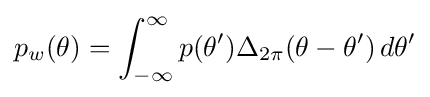
p_{w}(\theta )=\int _{-\infty }^{\infty }p(\theta ')\Delta _{2\pi }(\theta -\theta ')\,d\theta '